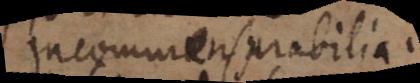
commensurabilia,